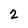
Character: 2